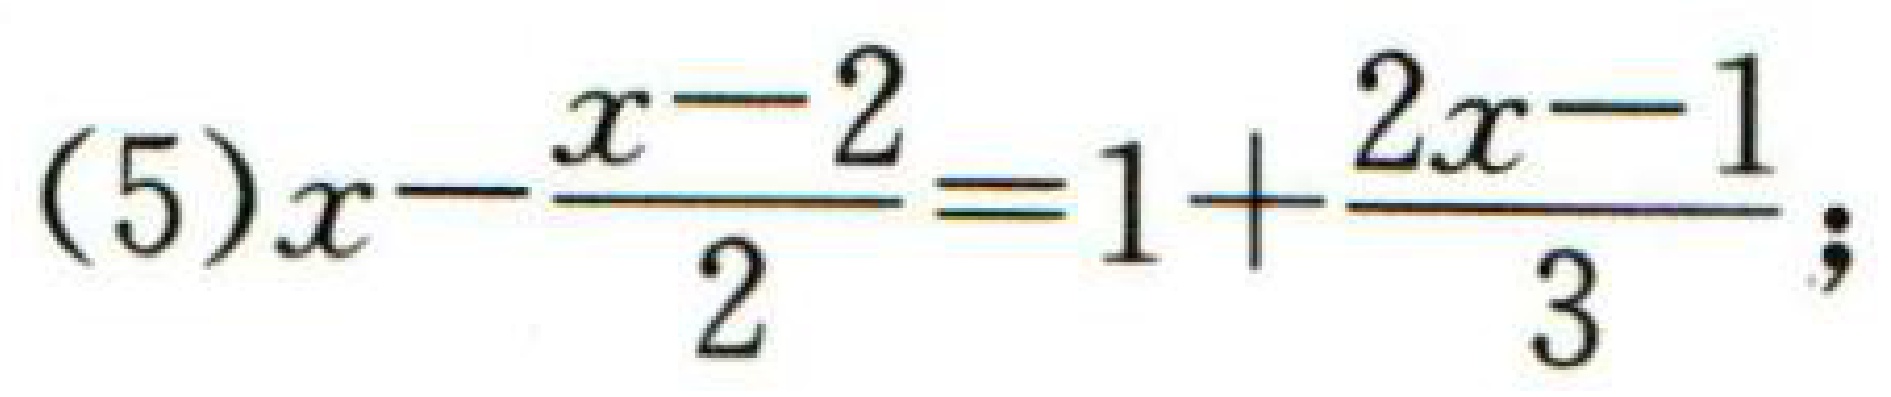
(5)\(x-\dfrac{x - 2}{2}=1+\dfrac{2x - 1}{3}\);